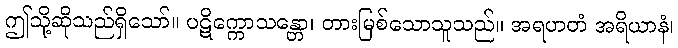
ဤသို့ဆိုသည်ရှိသော်။ ပဋိက္ကောသန္တော၊ တားမြစ်သောသူသည်။ အရဟတံ အရိယာနံ၊